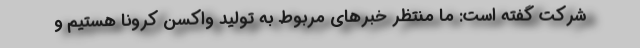
شرکت گفته است: ما منتظر خبرهای مربوط به تولید واکسن کرونا هستیم و